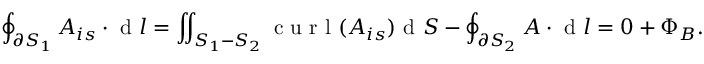
\oint _ { \partial S _ { 1 } } \boldsymbol { A _ { i s } } \cdot \mathrm { ~ d ~ } \boldsymbol { l } = \iint _ { S _ { 1 } - S _ { 2 } } \mathrm { ~ c ~ u ~ r ~ l ~ } ( \boldsymbol { A _ { i s } } ) \mathrm { ~ d ~ } S - \oint _ { \partial S _ { 2 } } \boldsymbol { A } \cdot \mathrm { ~ d ~ } \boldsymbol { l } = 0 + \Phi _ { B } .